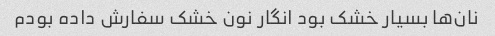
نان‌ها بسیار خشک بود انگار نون خشک سفارش داده بودم